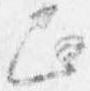
正